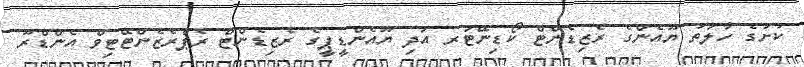
ކުށުގެ ހާލަތު ޔޫއެންގެ ރެޒިޑެންޓް ކޯޑިނޭޓަރ އަދި ޔޫއެންޑީޕީގެ ރެޒިޑެންޓް ރެޕްރެޒެންޓޭޓިވް އެންޑްރޫ